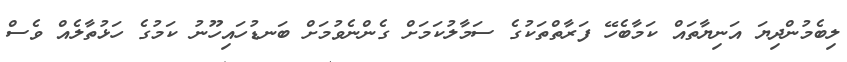
ލިބެމުންދިޔަ އަނިޔާތައް ކަމާބެހޭ ފަރާތްތަކުގެ ސަމާލުކަމަށް ގެންނެވުމަށް ބަނޑުހައިހޫނު ކަމުގެ ހަޅުތާލެއް ވެސް